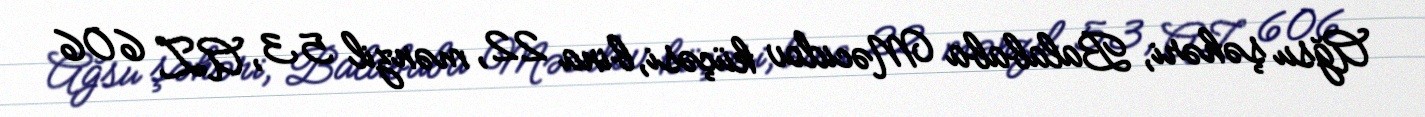
Ağsu şəhəri, Balababa Məcidov küçəsi, bina 22, mənzil 53, AZ 606